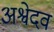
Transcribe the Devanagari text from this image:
अश्वेदव